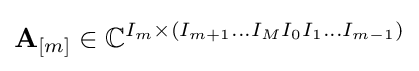
{\bf {A}}_{[m]}\in {\mathbb {C} }^{I_{m}\times (I_{m+1}\dots I_{M}I_{0}I_{1}\dots I_{m-1})}